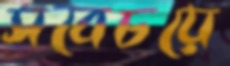
সবেচয়ে